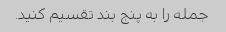
جمله را به پنج بند تقسیم کنید.